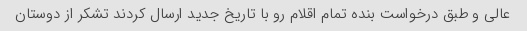
عالی و طبق درخواست بنده تمام اقلام رو با تاریخ جدید ارسال کردند تشکر از دوستان